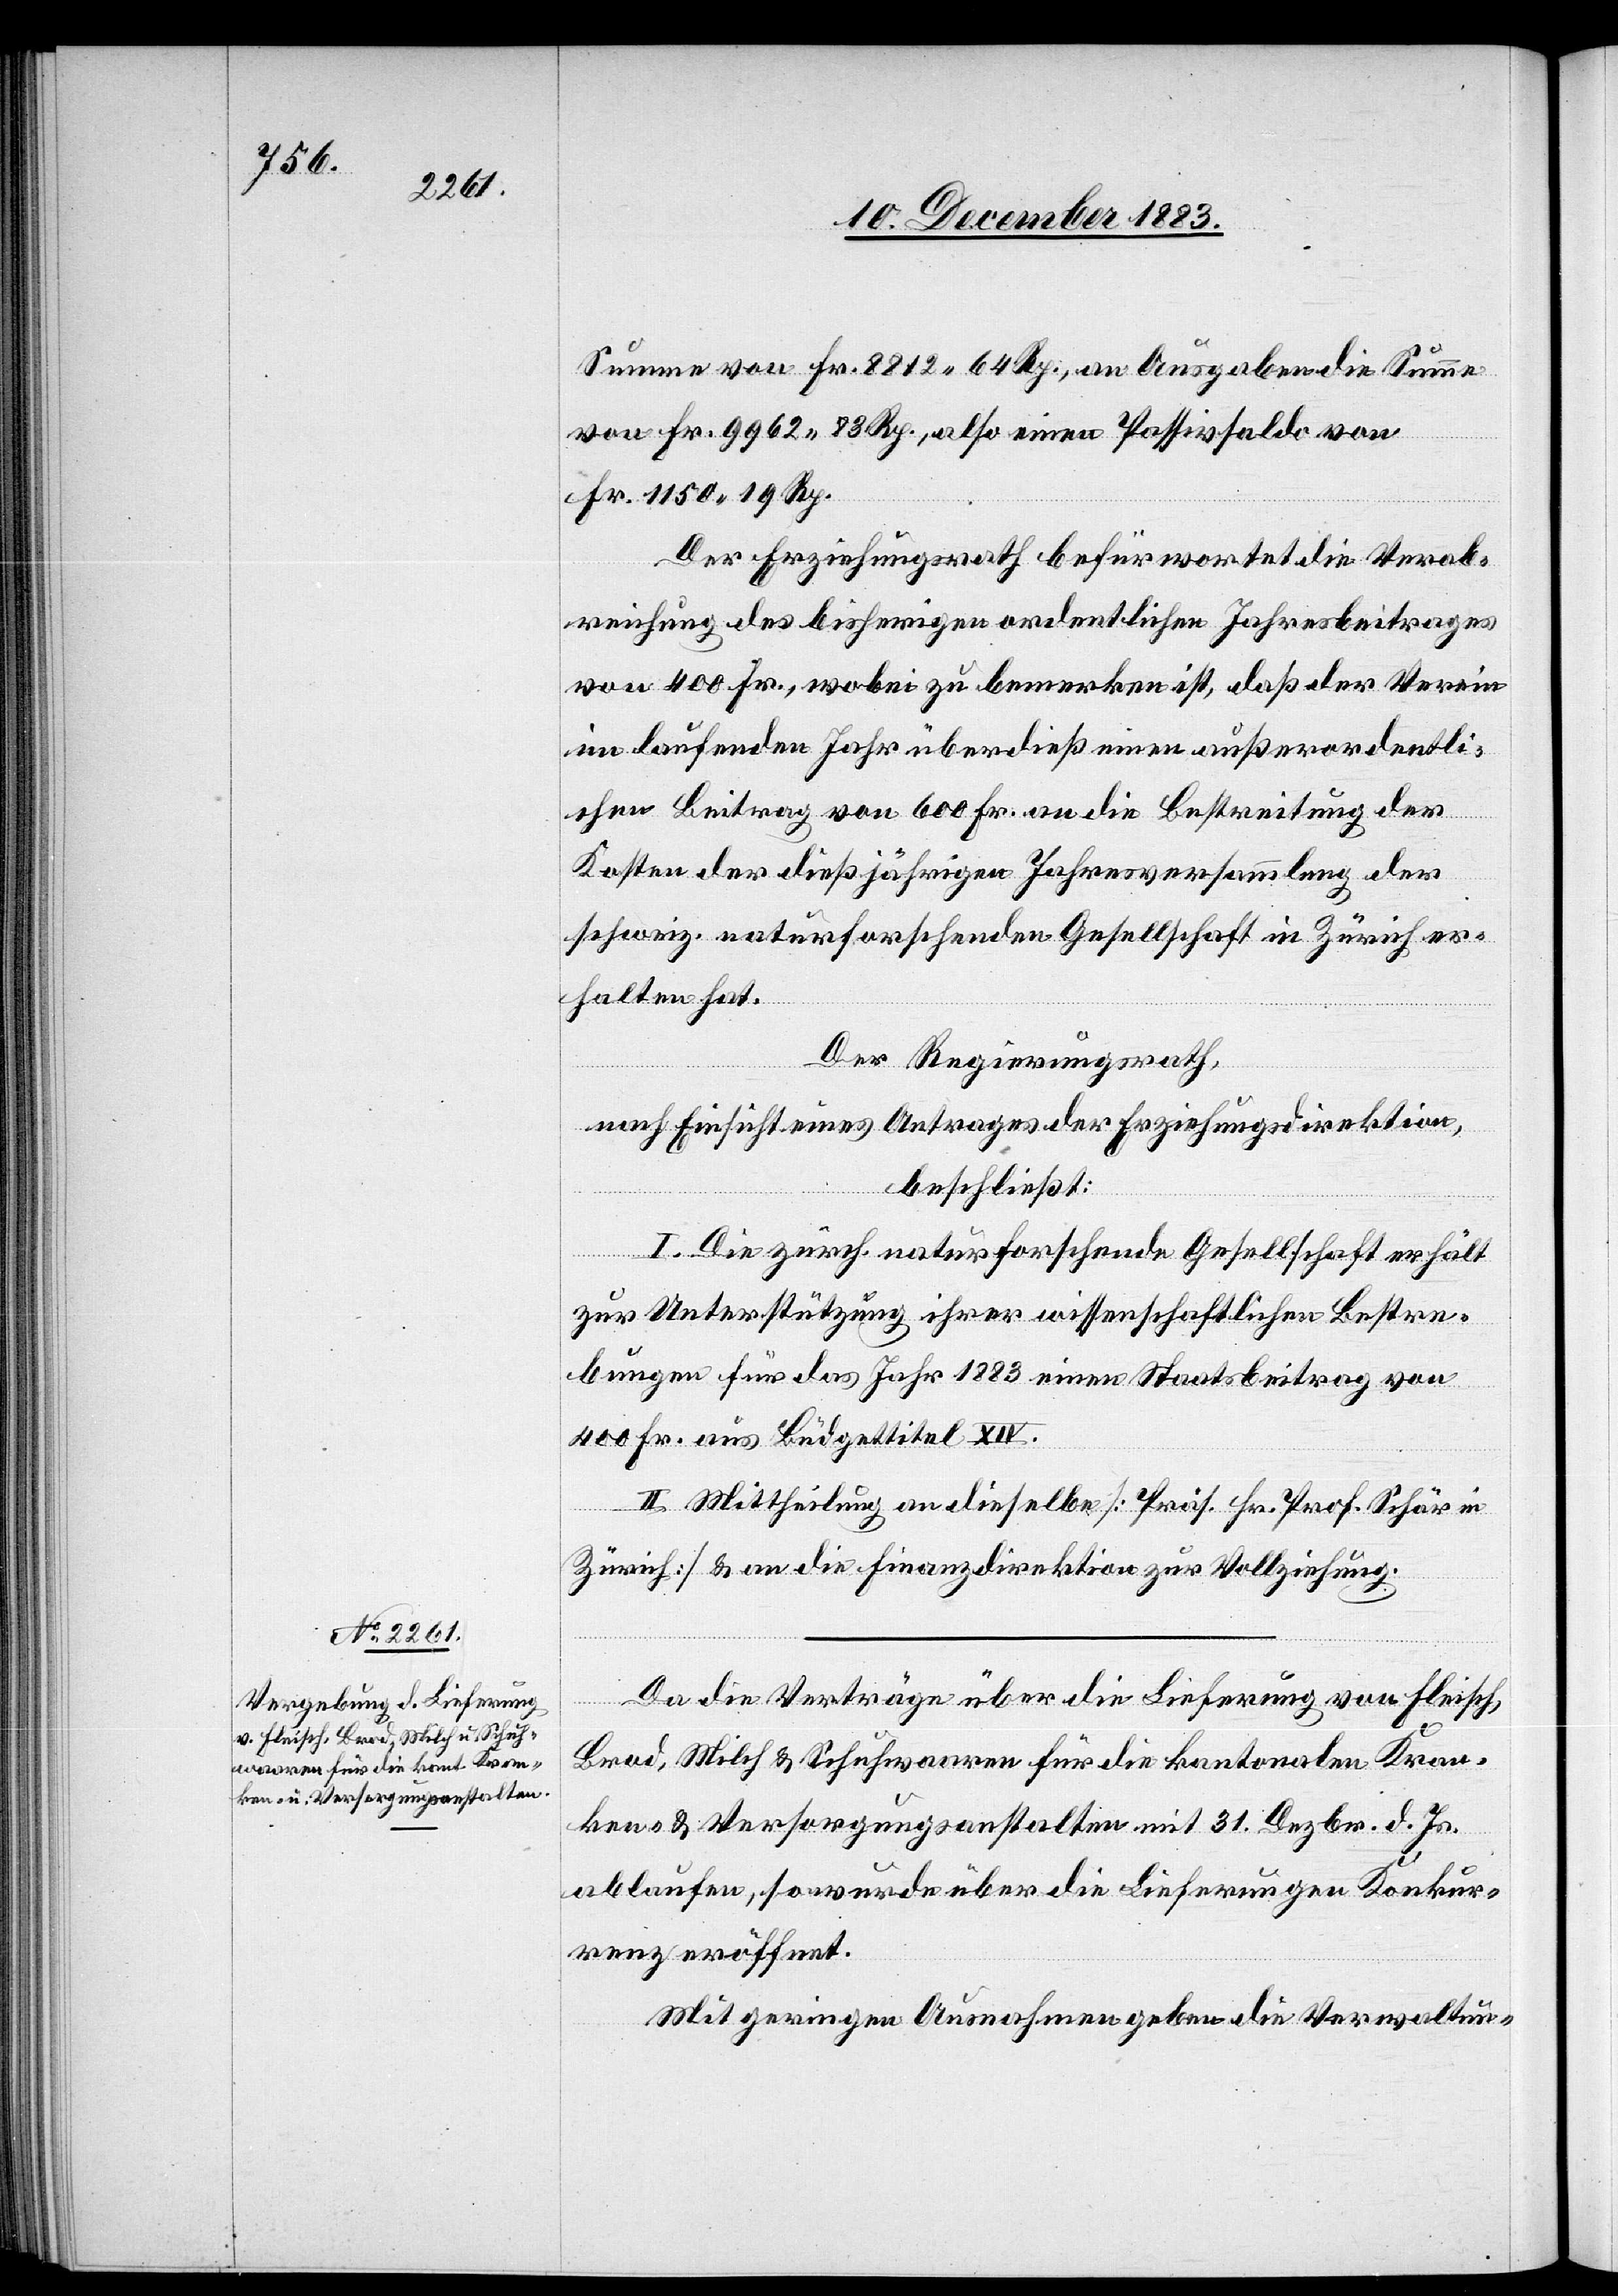
Summe von Fr. 8812 64 Rp., an Ausgaben die Summe
von Fr. 9962 83 Rp., also einen Passivsaldi von
Fr. 1150 19 Rp.
Der Erziehungsrath befürwortet die Verab¬
reichung des bisherigen ordentlichen Jahresbeitrages
von 400 Fr., wobei zu bemerken ist, daß der Verein
im laufenden Jahr überdieß einen außerordentli¬
chen Beitrag von 600 Fr. an die Bestreitung der
Kosten der dießjährigen Jahresversammlung der
schweiz. naturforschenden Gesellschaft in Zürich er¬
halten hat.
Der Regierungsrath,
nach Einsicht eines Antrages der Erziehungsdirektion,
beschließt:
I. Die Zürich. naturforschende Gesellschaft erhält
zur Unterstützung ihrer wissenschaftlichen Bestre¬
bungen für das Jahr 1883 einen Staatsbeitrag von
400 Fr. aus Büdgettitel XIV.
II. Mittheilung an dieselbe [Präs. Hr. Prof. Schär in
Zürich] & an die Finanzdirektion zur Vollziehung.
Da die Verträge über die Lieferung von Fleisch,
Brod, Milch & Schuhwaaren für die kantonalen Kran¬
ken- & Versorgungsanstalten mit 31. Dezbr. d. Js.
ablaufen, so wurde über die Lieferungen Konkur¬
renz eröffnet.
Mit geringen Ausnahmen geben die Verwaltun-